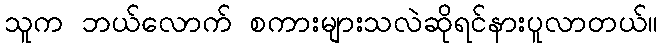
သူက ဘယ်လောက် စကားများသလဲဆိုရင်နားပူလာတယ်။